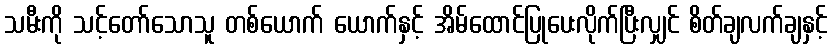
သမီးကို သင့်တော်သောသူ တစ်ယောက် ယောက်နှင့် အိမ်ထောင်ပြုပေးလိုက်ပြီးလျှင် စိတ်ချလက်ချနှင့်